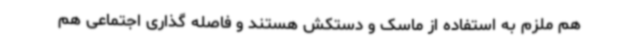
هم ملزم به استفاده از ماسک و دستکش هستند و فاصله گذاری اجتماعی هم